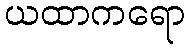
ယထာကရော